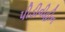
પીડીવીહીન